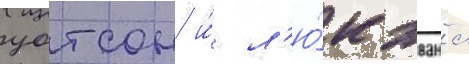
уотсон и́ л'ю́к эванс